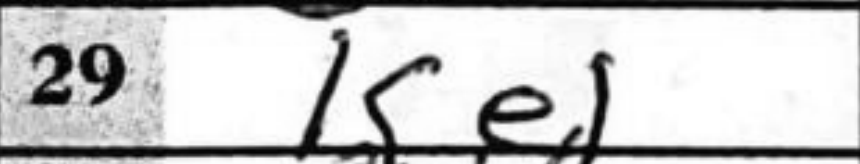
Transcription: Ke1